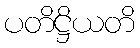
ပတိဋ္ဌိယတိ